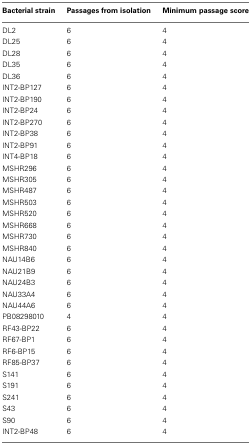
| Bacterial strain | Passages from isolation | Minimum passage score |
 | --- | --- | --- |
 | DL2 | 6 | 4 |
 | DL25 | 6 | 4 |
 | DL28 | 6 | 4 |
 | DL35 | 6 | 4 |
 | DL36 | 6 | 4 |
 | INT2-BP127 | 6 | 4 |
 | INT2-BP190 | 6 | 4 |
 | INT2-BP24 | 6 | 4 |
 | INT2-BP270 | 6 | 4 |
 | INT2-BP38 | 6 | 4 |
 | INT2-BP91 | 6 | 4 |
 | INT4-BP18 | 6 | 4 |
 | MSHR296 | 6 | 4 |
 | MSHR305 | 6 | 4 |
 | MSHR487 | 6 | 4 |
 | MSHR503 | 6 | 4 |
 | MSHR520 | 6 | 4 |
 | MSHR668 | 6 | 4 |
 | MSHR730 | 6 | 4 |
 | MSHR840 | 6 | 4 |
 | NAU14B6 | 6 | 4 |
 | NAU21B9 | 6 | 4 |
 | NAU24B3 | 6 | 4 |
 | NAU33A4 | 6 | 4 |
 | NAU44A6 | 6 | 4 |
 | PB08298010 | 4 | 4 |
 | RF43-BP22 | 6 | 4 |
 | RF67-BP1 | 6 | 4 |
 | RF6-BP15 | 6 | 4 |
 | RF85-BP37 | 6 | 4 |
 | S141 | 6 | 4 |
 | S191 | 6 | 4 |
 | S241 | 6 | 4 |
 | S43 | 6 | 4 |
 | S90 | 6 | 4 |
 | INT2-BP48 | 6 | 4 |